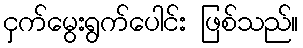
ငှက်မွေးရွက်ပေါင်း ဖြစ်သည်။